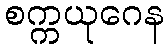
စက္ကယုဂေန